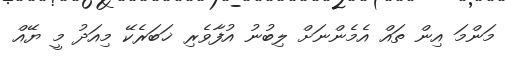
މަންމަ އިން ތައް އެމެންނަށް ލިބުނު އުފާވެރި ޚަބަރެކޭ މިއަދު މީ ޔޭއް